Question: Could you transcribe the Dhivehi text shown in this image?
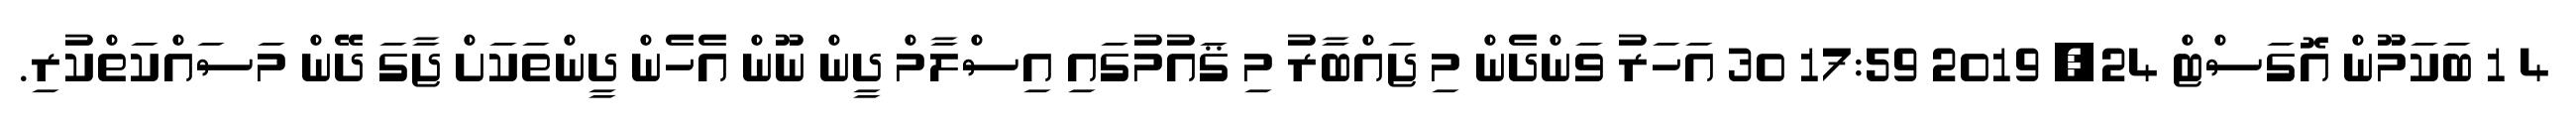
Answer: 4 1 ބަކަމޫން އޮގަސްޓް 24, 2019 17:59 30 އަހަރު ވަންދެން މި ޖައްބާރު މި ޤައުމުގައި އިސްލާމް ދީން ނޫން އެހެން ދީންތަކަށް ޖާގަ ދޭން މަސައްކަތްކުރި.